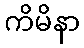
ကိမိနာ